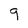
Character: 9